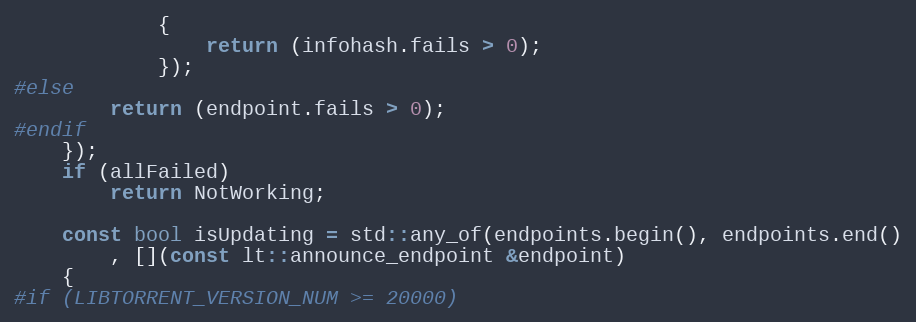
Language: C++
            {
                return (infohash.fails > 0);
            });
#else
        return (endpoint.fails > 0);
#endif
    });
    if (allFailed)
        return NotWorking;

    const bool isUpdating = std::any_of(endpoints.begin(), endpoints.end()
        , [](const lt::announce_endpoint &endpoint)
    {
#if (LIBTORRENT_VERSION_NUM >= 20000)